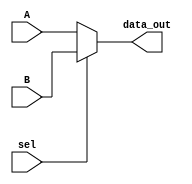
module mux_2x1_16(
  input [15:0] A,
  input [15:0] B,
  input sel,
  output [15:0] data_out
);
  
  assign data_out = sel ? B : A;
  
endmodule